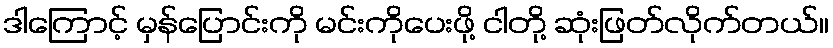
ဒါကြောင့် မှန်ပြောင်းကို မင်းကိုပေးဖို့ ငါတို့ ဆုံးဖြတ်လိုက်တယ်။